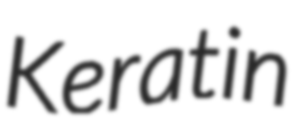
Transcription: Keratin